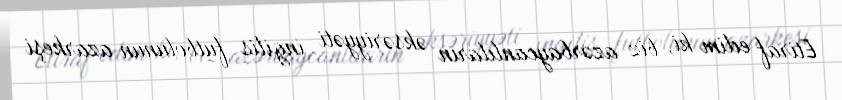
Etiraf edim ki, biz azərbaycanlıların əksəriyyəti ingilis futbolunun azarkeşi